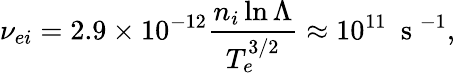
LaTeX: \nu_{ei}=2.9\times 10^{-12}\frac{n_{i}\ln{\Lambda}}{T_{e}^{3/2}}\approx 10^{11}\ \mathrm{~s~}^{-1},